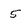
Character: 5